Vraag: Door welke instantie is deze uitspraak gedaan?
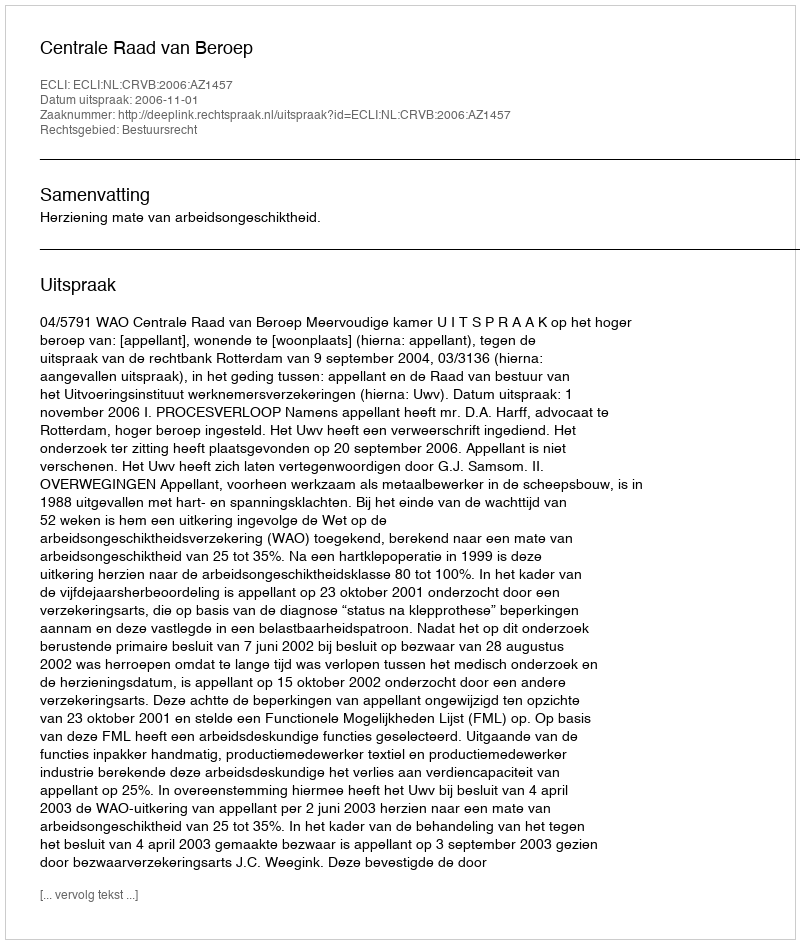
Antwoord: Centrale Raad van Beroep